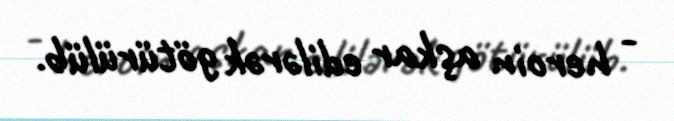
- heroin aşkar edilərək götürülüb.